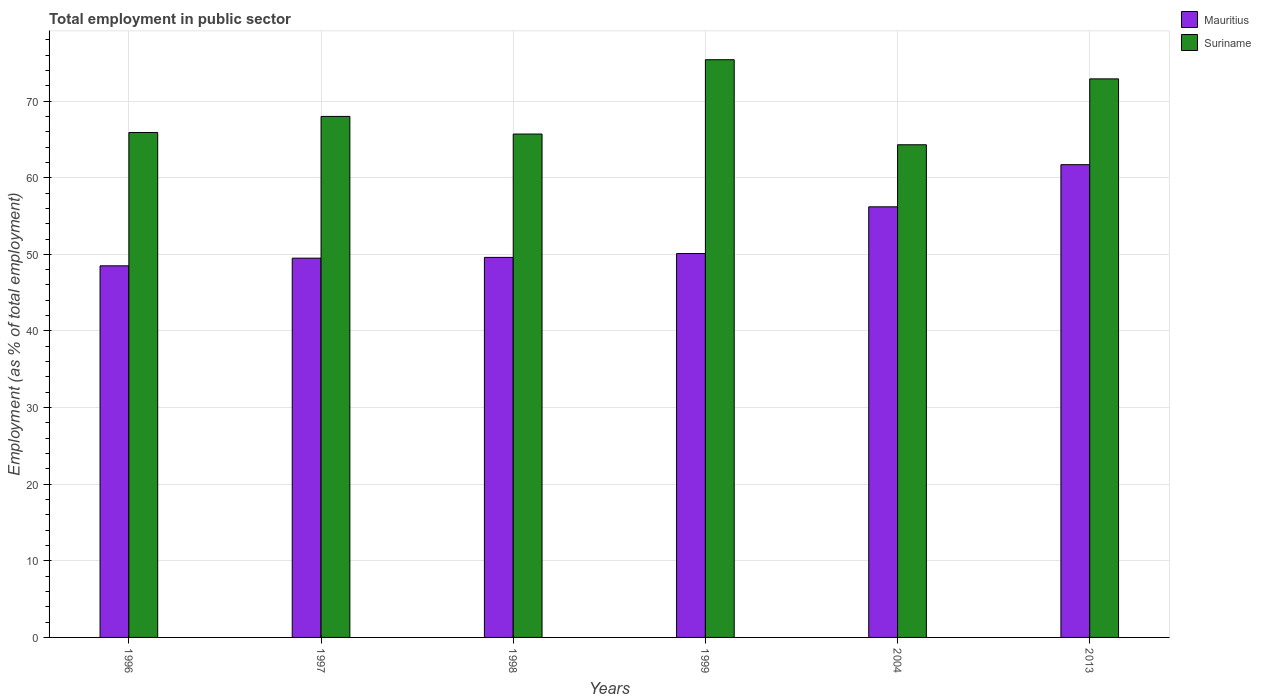
| Years | Mauritius | Suriname |
 | --- | --- | --- |
 | 1996 | 48.5 | 65.9 |
 | 1997 | 49.5 | 68 |
 | 1998 | 49.6 | 65.7 |
 | 1999 | 50.1 | 75.4 |
 | 2004 | 56.2 | 64.3 |
 | 2013 | 61.7 | 72.9 |